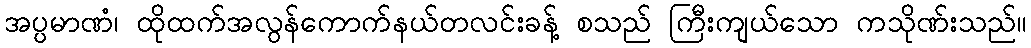
အပ္ပမာဏံ၊ ထိုထက်အလွန်ကောက်နယ်တလင်းခန့် စသည် ကြီးကျယ်သော ကသိုဏ်းသည်။